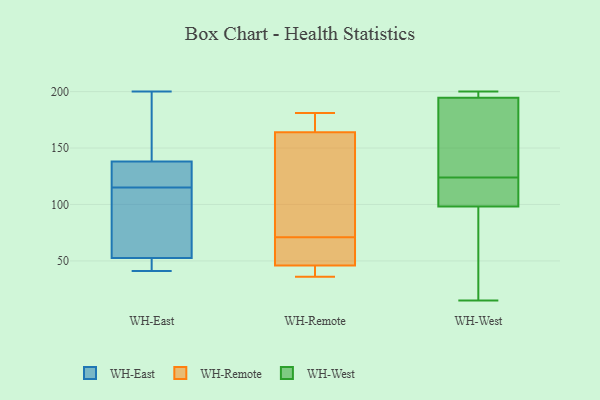
{"axis": {"x": "Gross Profit (USD K)", "y": "Value"}, "legend": ["WH-East", "WH-Remote", "WH-West"], "data": [{"x": "", "y": 51, "type": "WH-East"}, {"x": "", "y": 123, "type": "WH-East"}, {"x": "", "y": 96, "type": "WH-East"}, {"x": "", "y": 106, "type": "WH-East"}, {"x": "", "y": 51, "type": "WH-East"}, {"x": "", "y": 116, "type": "WH-East"}, {"x": "", "y": 43, "type": "WH-East"}, {"x": "", "y": 200, "type": "WH-East"}, {"x": "", "y": 187, "type": "WH-East"}, {"x": "", "y": 135, "type": "WH-East"}, {"x": "", "y": 115, "type": "WH-East"}, {"x": "", "y": 139, "type": "WH-East"}, {"x": "", "y": 57, "type": "WH-East"}, {"x": "", "y": 41, "type": "WH-East"}, {"x": "", "y": 170, "type": "WH-East"}, {"x": "", "y": 45, "type": "WH-Remote"}, {"x": "", "y": 36, "type": "WH-Remote"}, {"x": "", "y": 170, "type": "WH-Remote"}, {"x": "", "y": 47, "type": "WH-Remote"}, {"x": "", "y": 181, "type": "WH-Remote"}, {"x": "", "y": 167, "type": "WH-Remote"}, {"x": "", "y": 79, "type": "WH-Remote"}, {"x": "", "y": 57, "type": "WH-Remote"}, {"x": "", "y": 63, "type": "WH-Remote"}, {"x": "", "y": 161, "type": "WH-Remote"}, {"x": "", "y": 39, "type": "WH-Remote"}, {"x": "", "y": 142, "type": "WH-Remote"}, {"x": "", "y": 190, "type": "WH-West"}, {"x": "", "y": 97, "type": "WH-West"}, {"x": "", "y": 124, "type": "WH-West"}, {"x": "", "y": 36, "type": "WH-West"}, {"x": "", "y": 176, "type": "WH-West"}, {"x": "", "y": 15, "type": "WH-West"}, {"x": "", "y": 124, "type": "WH-West"}, {"x": "", "y": 196, "type": "WH-West"}, {"x": "", "y": 185, "type": "WH-West"}, {"x": "", "y": 23, "type": "WH-West"}, {"x": "", "y": 200, "type": "WH-West"}, {"x": "", "y": 113, "type": "WH-West"}, {"x": "", "y": 197, "type": "WH-West"}, {"x": "", "y": 102, "type": "WH-West"}, {"x": "", "y": 199, "type": "WH-West"}]}